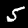
Digit: 5